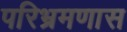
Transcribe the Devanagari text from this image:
परिभ्रमणास